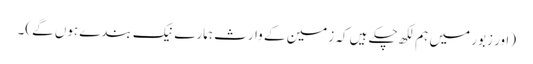
َ (اور زبور میں ہم لکھ چکے ہیں کہ زمین کے وارث ہمارے نیک بندے ہوں گے)۔